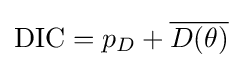
\mathrm {DIC} =p_{D}+{\overline {D(\theta )}}